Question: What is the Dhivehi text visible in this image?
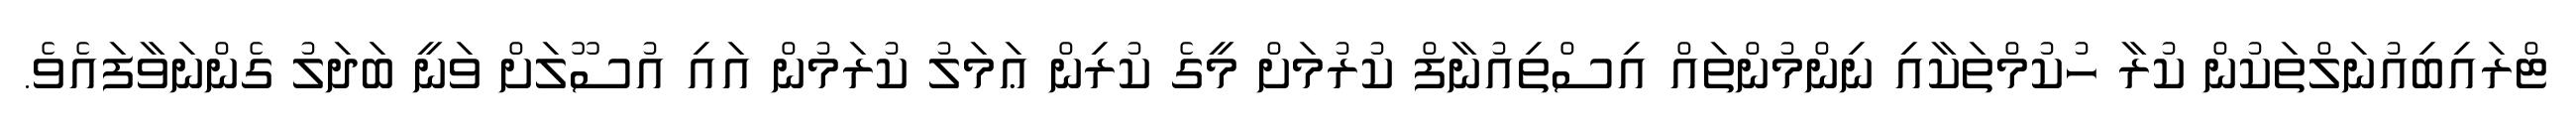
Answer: ޓްރައިބިއުނަލްތަކުން ކުރާ ހުކުމްތަކާއި ނިންމުންތައް އިސްތިއުނާފް ކުރުމަށް މީގެ ކުރިން ޢަމަލު ކުރަމުން އައި އުސޫލަށް ވަނީ ބަދަލު ގެންނަވާފައެވެ.